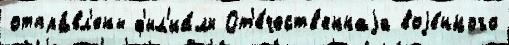
отпра́вл'ены ф'ил'иа́лы От'е́честв'еннаjа воjе́нного